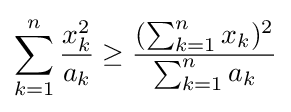
\displaystyle \sum _{k=1}^{n}{\frac {x_{k}^{2}}{a_{k}}}\geq {\frac {(\sum _{k=1}^{n}x_{k})^{2}}{\sum _{k=1}^{n}a_{k}}}